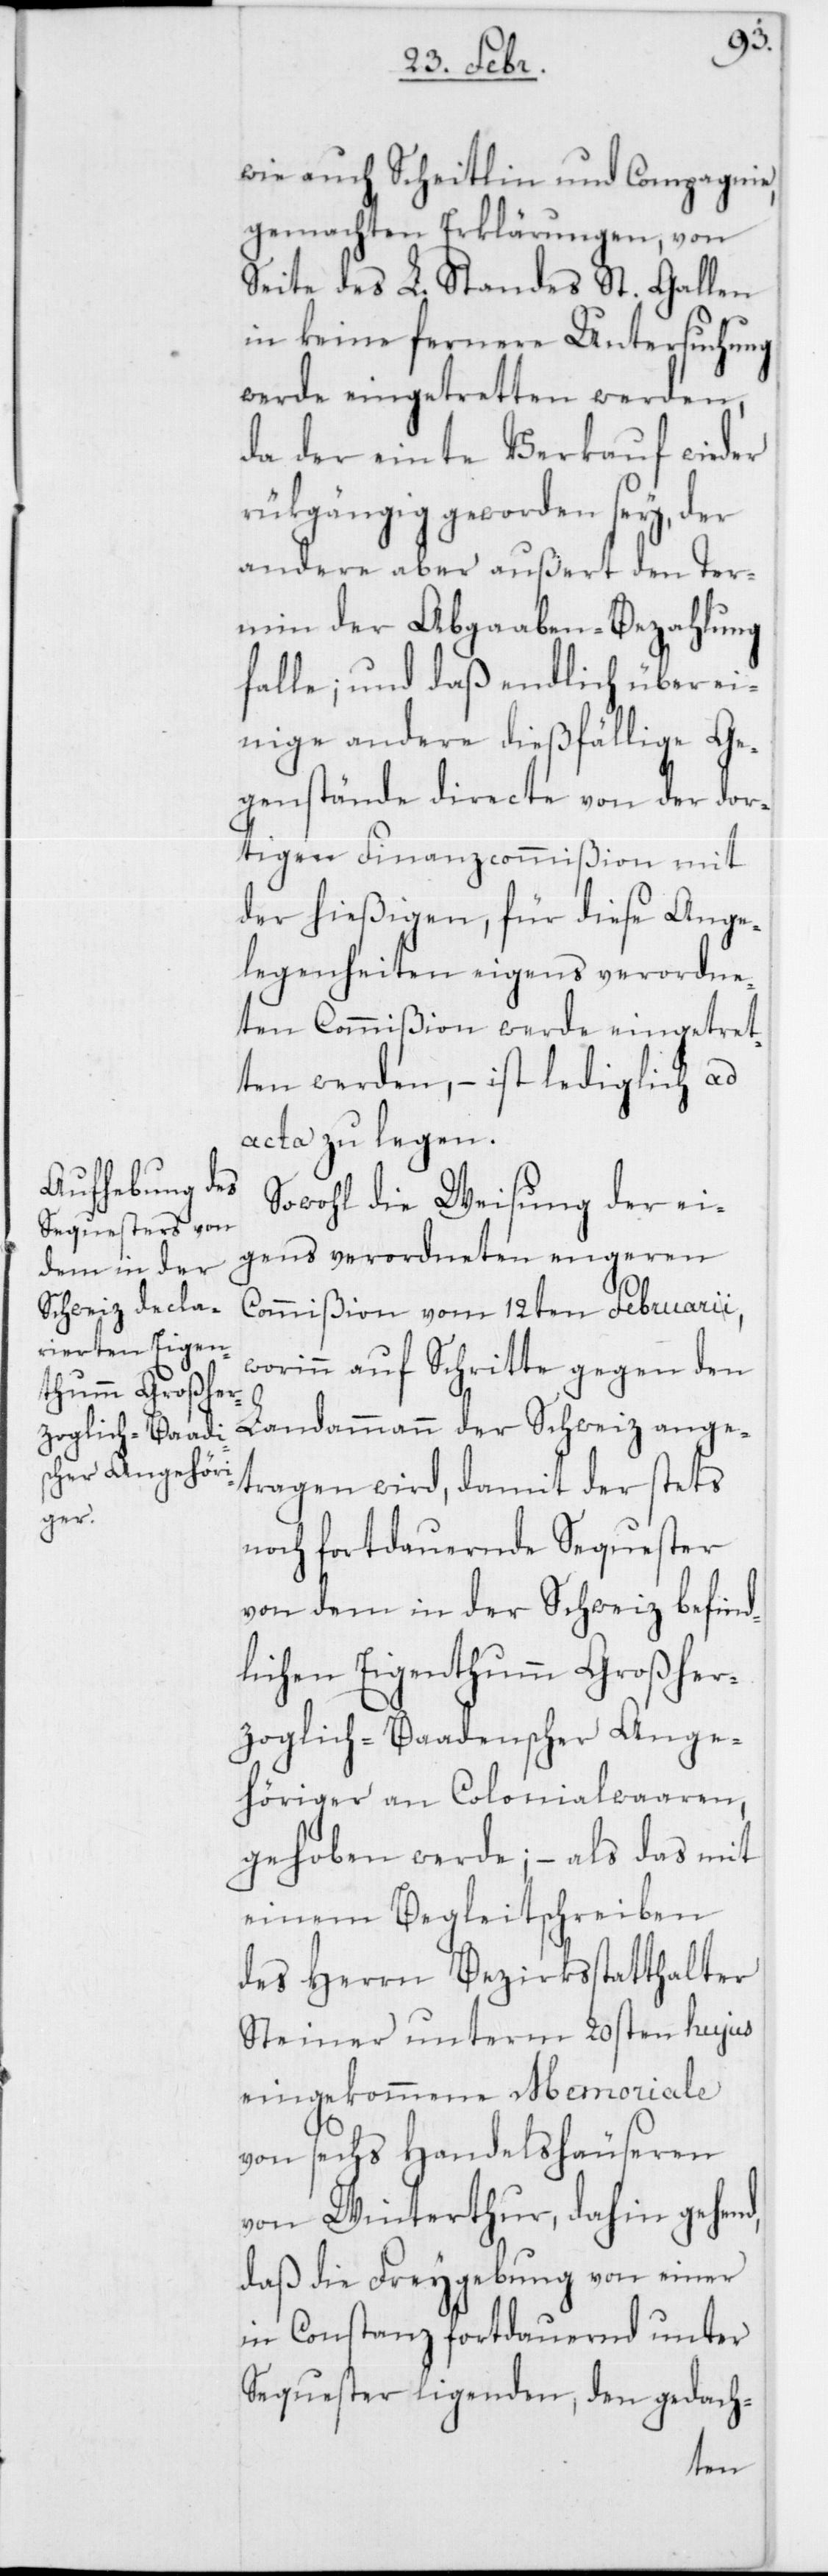
wie auch Scheitlin & Compagnie,
gemachten Erklärungen, von
Seite des L. Standes St. Gallen
in keine fernere Untersuchung
werde eingetretten werden,
da der einte Verkauf wieder
rükgängig geworden sey, der
andere aber außert den Ter¬
min der Abgaaben-Bezahlung
falle; und daß endlich über ei¬
nige andere dießfällige Ge¬
genstände directe von der dor¬
tigen Finanzcommißion mit
der hießigen, für diese Ange¬
legenheiten eigens verordne¬
ten Commißion werde eingetret¬
ten werden, – ist lediglich ad
acta zu legen.
Sowohl die Weisung der ei¬
gens verordneten engeren
Commißion vom 12ten Februarii,
worinn auf Schritte gegen den
Landammann der Schweiz ange¬
tragen wird, damit der stets
noch fortdauernde Sequester
von dem in der Schweiz befind¬
lichen Eigenthum Großher¬
zoglich-Baadenscher Ange¬
höriger an Colonialwaaren,
gehoben werde; – als das mit
einem Begleitschreiben
des Herrn Bezirksstatthalter
Steiner unterm 29sten hujus
eingekommene Memoriale
von sechs Handelshäuseren
von Winterthur, dahin gehend,
daß die Freygebung von einer
in Constanz fortdauernd unter
Sequester ligenden, den gedach-